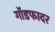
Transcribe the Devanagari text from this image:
गाॅडफादर